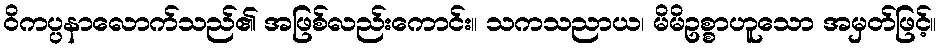
ဝိကပ္ပနာလောက်သည်၏ အဖြစ်လည်းကောင်း။ သကသညာယ၊ မိမိဥစ္စာဟူသော အမှတ်ဖြင့်။